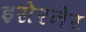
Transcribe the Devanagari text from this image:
इसेरनेर